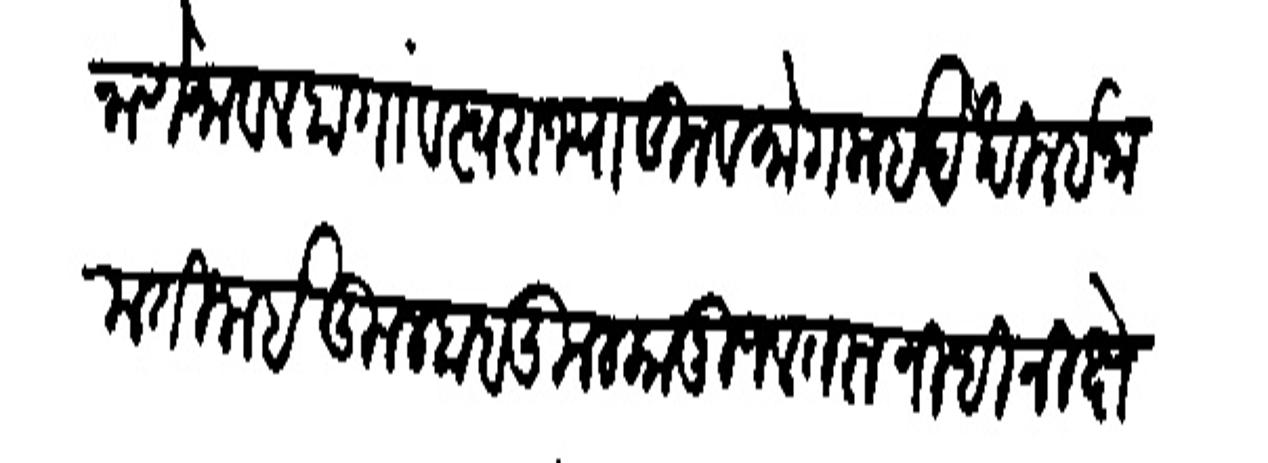
Transliteration (Devanagari): नाणेमावर हा गांव स्वराज्यातून व मोगलाई देखील इनाम तिजाई कुलबाब कुलकानू जलतरु निधिनिक्षे